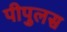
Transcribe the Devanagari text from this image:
पीपुलस